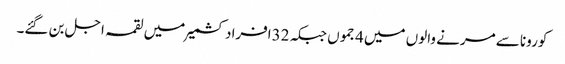
کورونا سے مرنے والوں میں 4جموں جبکہ 32افراد کشمیر میں لقمہ اجل بن گئے۔